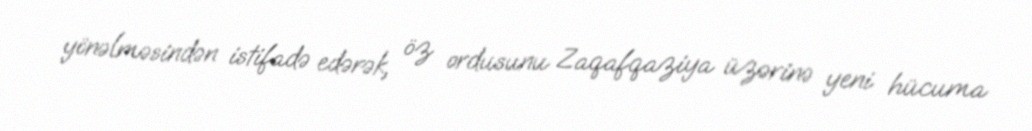
yönəlməsindən istifadə edərək, öz ordusunu Zaqafqaziya üzərinə yeni hücuma